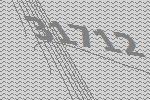
31712